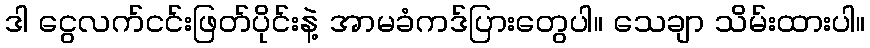
ဒါ ငွေလက်ငင်းဖြတ်ပိုင်းနဲ့ အာမခံကဒ်ပြားတွေပါ။ သေချာ သိမ်းထားပါ။